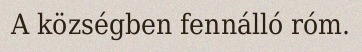
A községben fennálló róm.